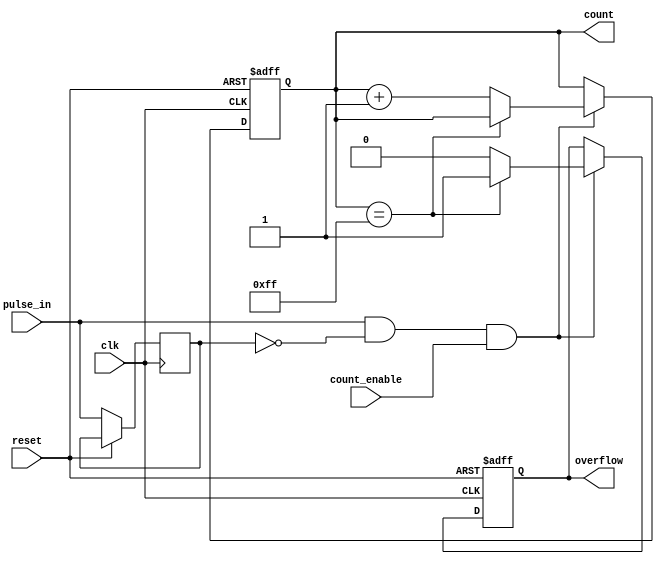
module pulse_counter (
    input wire clk,              // Clock signal
    input wire reset,            // Reset signal
    input wire pulse_in,         // Input pulse signal
    input wire count_enable,     // Count enable signal
    output reg [7:0] count,      // 8-bit output count
    output reg overflow          // Overflow flag
);

    // Internal signal to detect the rising edge of pulse_in
    reg pulse_in_d;              // Delayed version of pulse_in

    // Always block for synchronous reset and counting
    always @(posedge clk or posedge reset) begin
        if (reset) begin
            count <= 8'b0;       // Reset count to 0
            overflow <= 1'b0;    // Clear overflow flag
        end else begin
            // Edge detection for pulse_in
            pulse_in_d <= pulse_in; // Store the current pulse_in state

            // Check for rising edge of pulse_in
            if (pulse_in && !pulse_in_d && count_enable) begin
                if (count == 8'hFF) begin
                    overflow <= 1'b1; // Set overflow flag if max count is reached
                end else begin
                    count <= count + 1; // Increment the count
                    overflow <= 1'b0; // Clear overflow flag
                end
            end
        end
    end

endmodule